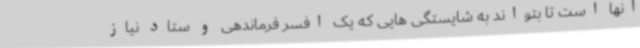
آنها است تا بتواند به شایستگی هایی که یک افسر فرماندهی و ستاد نیاز